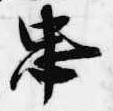
忠